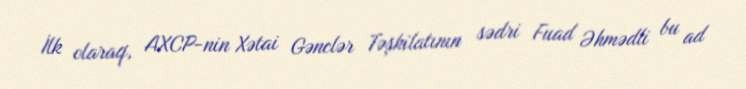
İlk olaraq, AXCP-nin Xətai Gənclər Təşkilatının sədri Fuad Əhmədli bu ad